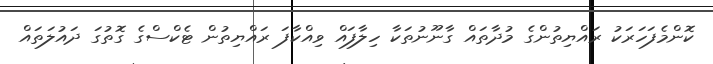
ކޮންމެފަހަރަކު ރައްޔިތުންގެ މުދާތައް ގާނޫނުތަކާ ހިލާފައް ވިއްކާފަ ރައްޔިތުން ޓެކްސްގެ ގޮތުގަ ދައުލަތައް